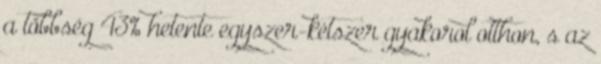
a többség 43% hetente egyszer-kétszer gyakorol otthon, s az